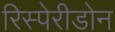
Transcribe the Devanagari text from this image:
रिस्पेरीडोन